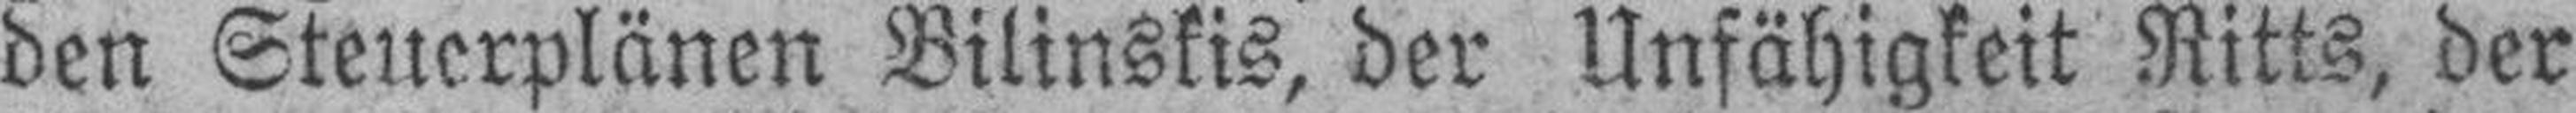
den Steuerplänen Bilinskis, der Unfähigkeit Ritts, der